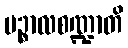
ပဉ္စာလစဏ္ဍာတိ